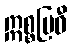
ဣစ္စဗြဝီ